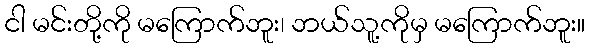
ငါ မင်းတို့ကို မကြောက်ဘူး၊ ဘယ်သူ့ကိုမှ မကြောက်ဘူး။